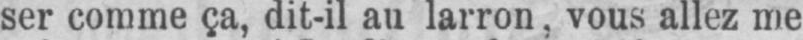
ser comme ça, dit-il au larron, vous allez me